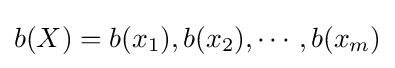
b(X)=b(x_{1}),b(x_{2}),\cdots ,b(x_{m})